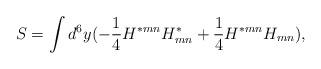
LaTeX: \begin{align*}S=\int d^6 y (-{1\over 4}H^{*mn}H^*_{mn} + {1\over 4} H^{*mn}H_{mn}),\end{align*}